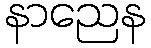
နာညေန